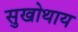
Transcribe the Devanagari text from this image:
सुखोथाय